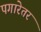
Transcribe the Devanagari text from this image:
पगारेतर